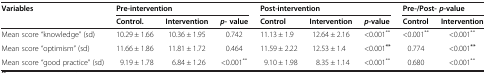
<table><thead><tr><td><b>Variables</b></td><td colspan="3"><b>Pre-intervention</b></td><td colspan="3"><b>Post-intervention</b></td><td colspan="2"><b>Pre-/Post-<i>p-</i>value</b></td></tr><tr><td><b> </b></td><td><b>Control.</b></td><td><b>Intervention</b></td><td><b><i>p-</i>value</b></td><td><b>Control</b></td><td><b>Intervention</b></td><td><b><i>p-</i>value</b></td><td><b>Control</b></td><td><b>Intervention</b></td></tr></thead><tbody><tr><td>Mean score “knowledge” (sd)</td><td>10.29 ± 1.66</td><td>10.36 ± 1.95</td><td>0.742</td><td>11.13 ± 1.9</td><td>12.64 ± 2.16</td><td>&lt;0.001<sup>**</sup></td><td>&lt;0.001<sup>**</sup></td><td>&lt;0.001<sup>**</sup></td></tr><tr><td>Mean score “optimism” (sd)</td><td>11.66 ± 1.86</td><td>11.81 ± 1.72</td><td>0.464</td><td>11.59 ± 2.22</td><td>12.53 ± 1.4</td><td>&lt;0.001<sup><b>**</b></sup></td><td>0.774</td><td>&lt;0.001<sup><b>**</b></sup></td></tr><tr><td>Mean score “good practice” (sd)</td><td>9.19 ± 1.78</td><td>6.84 ± 1.26</td><td>&lt;0.001<sup>**</sup></td><td>9.10 ± 1.98</td><td>8.35 ± 1.14</td><td>&lt;0.001<sup>**</sup></td><td>0.680</td><td>&lt;0.001<sup>**</sup></td></tr></tbody></table>